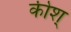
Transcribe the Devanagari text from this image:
कीश्